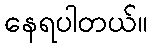
နေရပါတယ်။